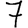
Digit: 7